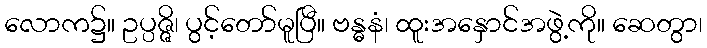
လောက၌။ ဥပ္ပဇ္ဇိ၊ ပွင့်တော်မူပြီ။ ဗန္ဓနံ၊ ထူးအနှောင်အဖွဲ့ကို။ ဆေတွာ၊